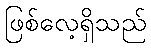
ဖြစ်လေ့ရှိသည်